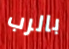
بالرب